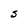
Character: S